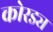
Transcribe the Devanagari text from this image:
कोरड्य